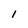
Character: I